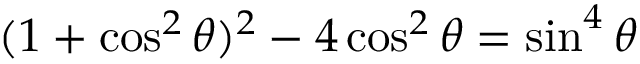
( 1 + \cos ^ { 2 } \theta ) ^ { 2 } - 4 \cos ^ { 2 } \theta = \sin ^ { 4 } \theta